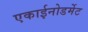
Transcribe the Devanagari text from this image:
एकाईनोडर्मेट